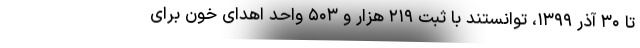
تا ۳۰ آذر ۱۳۹۹، توانستند با ثبت ۲۱۹ هزار و ۵۰۳ واحد اهدای خون برای